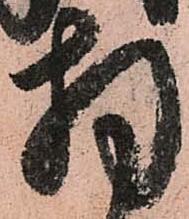
拝